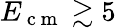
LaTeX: E_{\mathrm{~c~m~}}\gtrsim 5